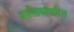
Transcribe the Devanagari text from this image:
शक्तिसंचरित